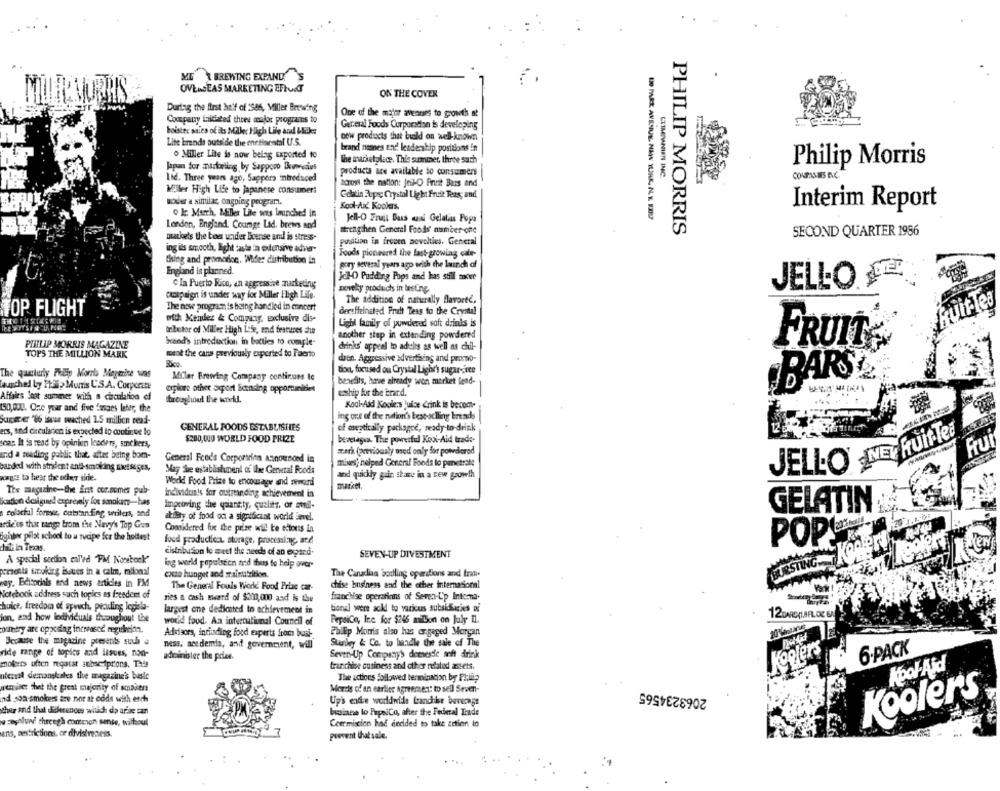
ME BREWING EXPANDS
OVERSEAS MARKETING EFFORT
ON THE COVER
During the first half of 586, Miller Brewing
Company initiated three major programs to
One of the major avenues to growth at
Geresal Foods Corporation is developing
boister sales of its Miller High Life and Wie:
Lite brands outside the metiarati U.S.
new products that hold on well-known
brand names and leadership positions in
o Miller Lite is now being exported to
The marketplace. This summer, three such
Japon for mideling by Sapporo Bemedies
Philip Morris
products are available to consumers
LITEWNIFRI INC
Lid. Three years ago, Sappers introduced
across the nation: Jeik-O Fruit Bars and
Miler High Life to japanese consumer:
Gelatin 3upc Crystal Light Fruit Teas; and
moder a similar, ongoing program.
Kool-Aid Koolers.
0 kr. March, haTier Lite was launched in
UND PARE, AVENUE. NAW YURK. N. Y. EDU
Interim Report
Jell-O Fruit Dass anni Gelatas Popa
London, England. Courge Lad. brews and
matlets the boe under license and is stress-
strengthen General Foods' number one
PHILIP MORRIS
SECOND QUARTER 1986
position in frozen novelties. General
ing ils smooth, light taste la edensive adiver-
Foods pioneered the fast- growing cale-
tsing and promotion. Wider distribution in
gory several years ago with the launch of
England is planned.
Jo-O Pudding Pops and has stil mocwe
C Ia Puerto Rico, an aggressive marketing
JELLO DE
novelty products in lasting.
caospaign is under way for Miller High Life.
The addition of naturally flavorte,
The new program is being handled in concert
uitleg
TOP FLIGHT
der:ffeinated Frucht Tess to the Crystal
with Mendez & Company, exclusive dis-
Light family of powdered soft drinks is
tributor of Miller High Life, and features che
another step in extending powdered
PHILIP MORRIS MAGAZINE
band's introduction in botties to comple-
drinks' appeal to adults as well as chil-
FRUIT,
TOPS THE MILLION MARK
ment the cans previously exported to Faerto
dren. Aggressive advertising and promo-
The quarterly Philip Morris Megtrine was
tion, focused on Crystal Light's sugar-rce
Miler Brewing Company continues to
benefits, have already won merket lend-
PARS
launched by Ftal> Muris C'S.A. Corporate
explore other soport licensing opportunities
Affairs Inst summer with a circulation of
eship for the brand.
throughout the world.
Koch-Add Koole:s Juice drink is becom-
150,000. One year and five Imsaes later, the
Super "86 issue reached 1.5 million read-
ing oruse of the nation's best selling breads
GENERAL FOODS ESTABLISHES
of aseptically packagee, ready-to-drink
ers, and circularion is expected to continue to
soas It is read by opinion leaders, amckers,
$200,000 WORLD FOOD PRIZE
bevetagia The powerful Kool-Aid trade-
Frui
mark (previously med only for powdered
JELLO NET RUINTe
und a reading public that, after being bom-
General Foods Corporrinn announced in
asded with strident antl-smoking INEsigEs,
mines, helped General Foods to penetrate
May The establishment of the General Foods
and quickly gain stare in a new growth
wag's to hear the oder side.
World Food Prize to encourage and reword
The magazine-the ant cor.somes pub-
market.
individuals for outstanding achievement in
cation deilgined expremly fot smokers-has
Improving the quantity, quality, or soll-
colorful former, catstanEng writers, and
GELATIN IS
ability of food on a significant world bevel.
20 1.1501
edides that tange from the Navy's Top Gan
Considered fix the prise wil te ectors La
ightor pilat school to u tvcipe for the hottest
POP
hali in Texas.
food production, storage, processing, and
distribution to meet the needs of an egard-
SEVEN-UP DIVESTMENT
A special section cal'ed FM Notebook'
BURSTING .....
cesonts uruking issues in a calm, miional
ing world populsten and thus to help over-
come hunger and arainutrition.
The Canadian borlling operations and fran-
way. Editorials and news articles in FM
chise business and the other international
Notebook address such topics as freedom of
The General Fouls Wodd Food Priac car-
ries a cash award of $200,000 and is the
franchise operations of Seven-L'p Interna-
huice, freedom of speech, pending legisla-
largest one dedicited to achievement in
tional were sokl to various subsidies ni
12DAREAL.BFL. OZ 6A
ion, and how ledividuals throughout the
world food. An international Council of
PepsiCo, Ine for $246 million on july Il.
Advisors, inciunding food experts from buak-
Philip Morris also has er geged Morgan
Because the magazine presents sulla
Stanley & Co. to handle the sale of The
ness, acedemia, and government, will
Koelers
ride range of topics and lisves, non-
administer the prize.
Seven-Up Company's demesde anft drink
6-PACK
mokers often negatst subscriptions. Thde
franchise cusiness and other related assets.
Kool-Aid
uczest demanskales the magazine's busle
The actions followed termination by Philip
wemise: thet the great majority of smakers
Meeris of' an earlier agreement to sell Seven-
2063234565
Koolers
nd son smokers are not at odds with each
Up's ende worldwide franchise bevege
they and that differences witch do arise can
busiate lo PapaiCo, after the Federal Trade
wzaghlun' threegh common sense, without
Ceer miscion had decided to take action to
ans, restrictions, or divisiveness.
poovent that sale.